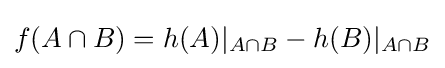
f(A\cap B)=h(A)|_{A\cap B}-h(B)|_{A\cap B}